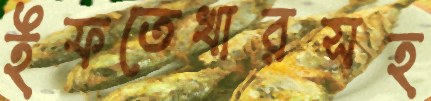
ইফতেখারসহ